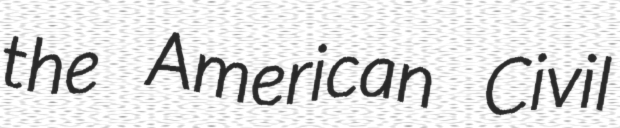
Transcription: the American Civil